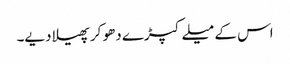
اس کے میلے کپڑے دھو کر پھیلا دیے۔